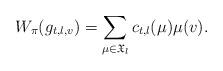
LaTeX: \begin{align*}W_{\pi}(g_{t,l,v}) = \sum_{\mu\in \mathfrak{X}_l} c_{t,l}(\mu) \mu(v). \end{align*}